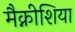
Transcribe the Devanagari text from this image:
मैक्नीशिया